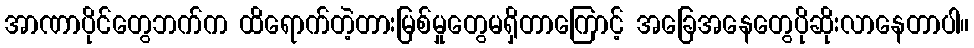
အာဏာပိုင်တွေဘက်က ထိရောက်တဲ့တားမြစ်မှုတွေမရှိတာကြောင့် အခြေအနေတွေပိုဆိုးလာနေတာပါ။